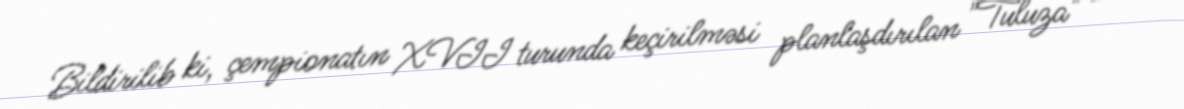
Bildirilib ki, çempionatın XVII turunda keçirilməsi planlaşdırılan "Tuluza" -